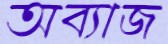
অব্যাজ